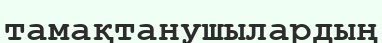
тамақтанушылардың